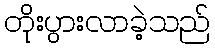
တိုးပွားလာခဲ့သည်